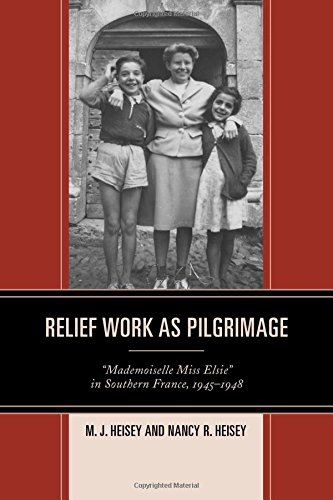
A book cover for Relief Work as Pilgrimage: "Mademoiselle Miss Elsie" in Southern France, 1945-1948; M.J. Heisey; Christian Books & Bibles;